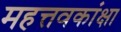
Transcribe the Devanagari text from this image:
महत्तवकांक्षा